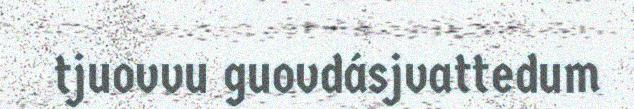
tjuovvu guovdásjvattedum